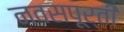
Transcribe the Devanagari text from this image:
नवसपूर्ती